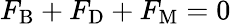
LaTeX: F_{\mathrm{B}}+F_{\mathrm{D}}+F_{\mathrm{M}}=0